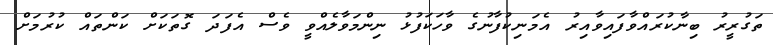
ތަގުރީރު ބިނާކުރައްވާފައިވާއިރު އެމަނިކުފާނުގެ ވާހަކަފުޅު ނިންމަވާލެއްވީ ވެސް އެފަދަ ގޮތަކަށް ކަންތައް ކުރުމަށް